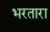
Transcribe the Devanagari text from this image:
भरतारा